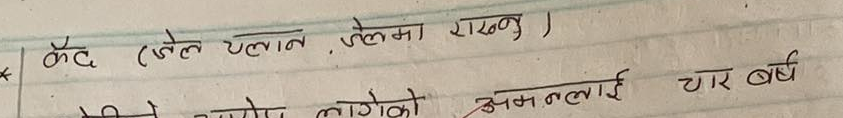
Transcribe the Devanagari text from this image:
कँद (जेल चलान, जेलमा राख्नु)
लागेको अमललाई चार बर्ष